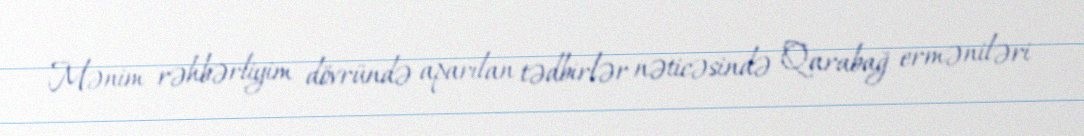
Mənim rəhbərliyim dövründə aparılan tədbirlər nəticəsində Qarabağ erməniləri